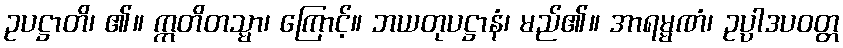
ဥပဋ္ဌာတိ၊ ၏။ ဣတိတသ္မာ၊ ကြောင့်။ ဘယတုပဋ္ဌာနံ၊ မည်၏။ အာရမ္မဏံ၊ ဥပ္ပါဒပဝတ္တ